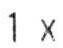
1X